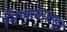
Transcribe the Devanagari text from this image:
निजामापासून